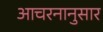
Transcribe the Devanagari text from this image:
आचरनानुसार